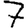
Digit: 7